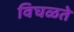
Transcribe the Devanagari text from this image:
विघळते